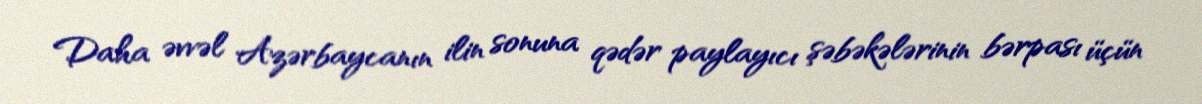
Daha əvvəl Azərbaycanın ilin sonuna qədər paylayıcı şəbəkələrinin bərpası üçün